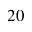
2 0